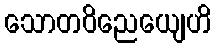
သောတဝိညေယျေဟိ